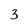
Character: 3